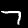
Digit: 7